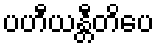
ပဟီယန္တီတိပေ